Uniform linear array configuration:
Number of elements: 32
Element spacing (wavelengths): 0.25
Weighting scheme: uniform
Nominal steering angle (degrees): -30
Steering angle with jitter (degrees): -29.377
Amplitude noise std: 0.05
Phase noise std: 0.05

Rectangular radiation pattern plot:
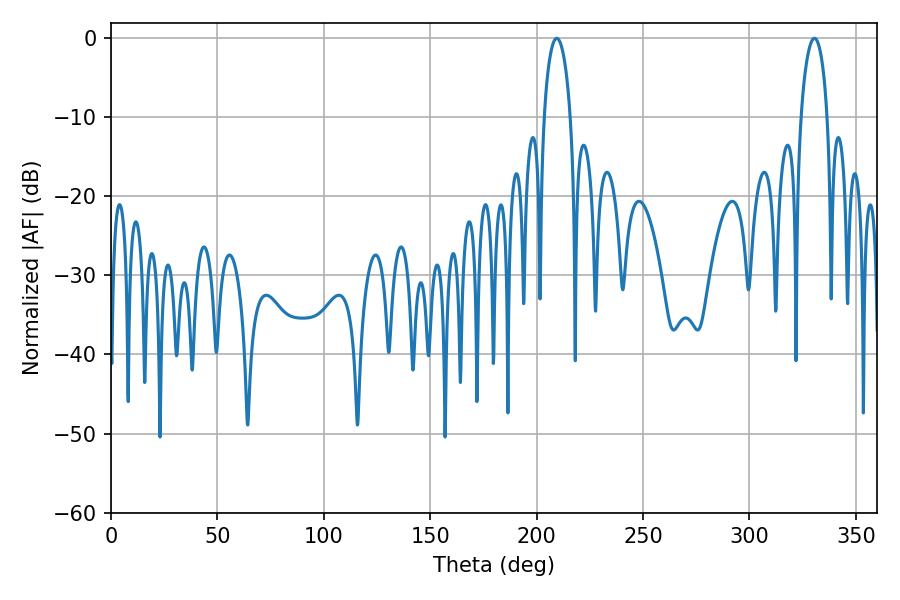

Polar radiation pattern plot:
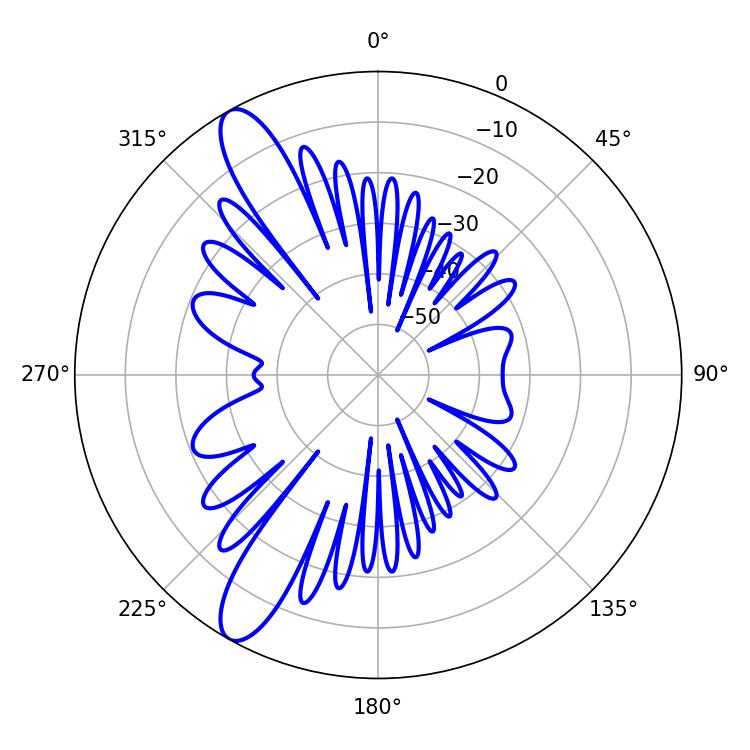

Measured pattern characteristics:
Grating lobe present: FALSE
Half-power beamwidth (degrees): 7.2
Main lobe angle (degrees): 330.48